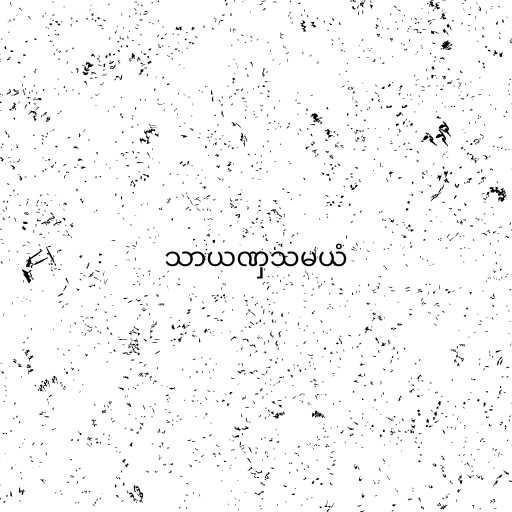
သာယဏှသမယံ